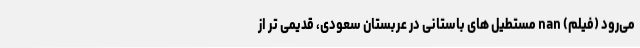
می‌رود (فیلم) nan مستطیل های باستانی در عربستان سعودی، قدیمی تر از